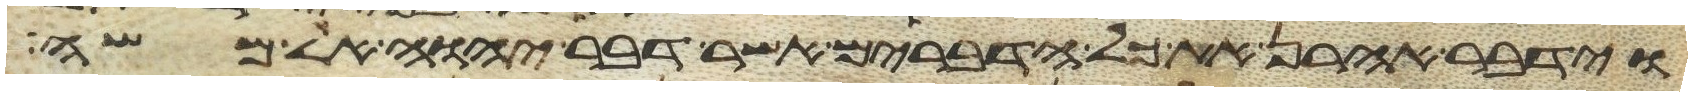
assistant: וידבר אהרן את כל הדברים אשר דבר יהוה אל משה